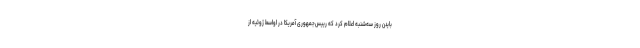
بایدن روز سه‌شنبه اعلام کرد که رییس‌جمهوری آمریکا در اواسط ژوئیه از